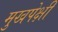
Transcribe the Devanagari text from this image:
मुखपेक्षी